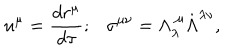
LaTeX: u ^ { \mu } = { \frac { d r ^ { \mu } } { d \tau } } ; \sigma ^ { \mu \nu } = \Lambda _ { \lambda } ^ { ~ \mu } \dot { \Lambda } ^ { \lambda \nu } ,